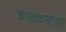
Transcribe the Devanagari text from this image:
कन्लकालेस्वर्